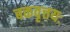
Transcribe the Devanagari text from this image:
बकवृत्तयः